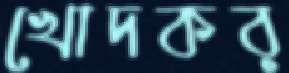
খোদকর